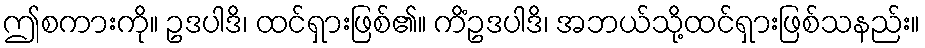
ဤစကားကို။ ဥဒပါဒိ၊ ထင်ရှားဖြစ်၏။ ကိံဥဒပါဒိ၊ အဘယ်သို့ထင်ရှားဖြစ်သနည်း။